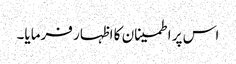
اس پر اطمینان کا اظہار فرمایا۔